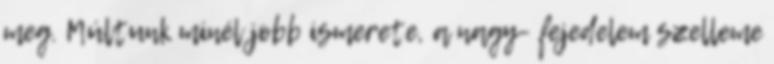
meg. Múltunk minél jobb ismerete, a nagy- fejedelem szelleme